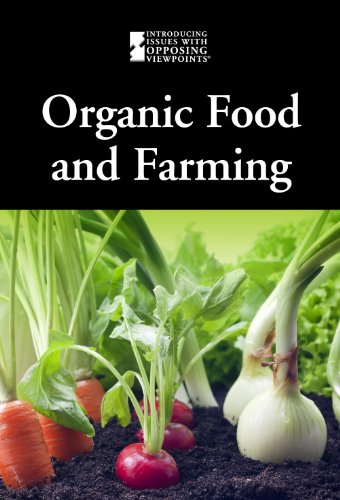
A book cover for Organic Food and Farmng (Introducing Issues With Opposing Viewpoints); Lauri S. Scherer; Teen & Young Adult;